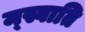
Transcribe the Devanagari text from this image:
म्स्वाति